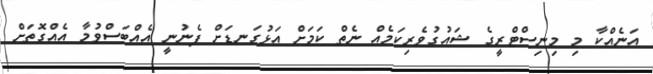
އަނެއްކާ މި މިނިސްޓްރީގެ ޝައުގުވެރިކަމެއް ނެތް ކަމަށް އަޅުގަނޑަށް ފެނުނީ އެއްބަސްވުމާ އެއްގޮތަށް